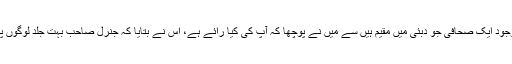
کھانے کی میز پر موجود ایک صحافی جو دبئی میں مقیم ہیں سے میں نے پوچھا کہ آپ کی کیا رائے ہے، اس نے بتایا کہ جنرل صاحب بہت جلد لوگوں پر اعتبار کرلیتے ہیں۔